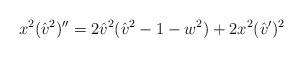
LaTeX: \begin{align*}x^2 ({\hat v ^2}) '' = 2 {\hat v} ^2 ({\hat v} ^2 -1 -w^2)+ 2 x^2 ({\hat v}') ^2\end{align*}